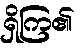
ရှိကြ၏